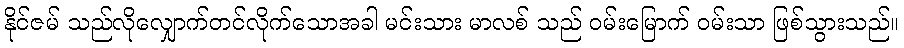
နိုင်ဇမ် သည်လိုလျှောက်တင်လိုက်သောအခါ မင်းသား မာလစ် သည် ဝမ်းမြောက် ဝမ်းသာ ဖြစ်သွားသည်။